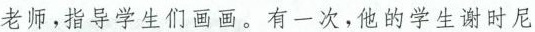
老师，指导学生们画画。有一次，他的学生谢时尼